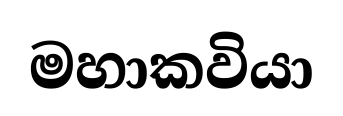
මහාකවියා